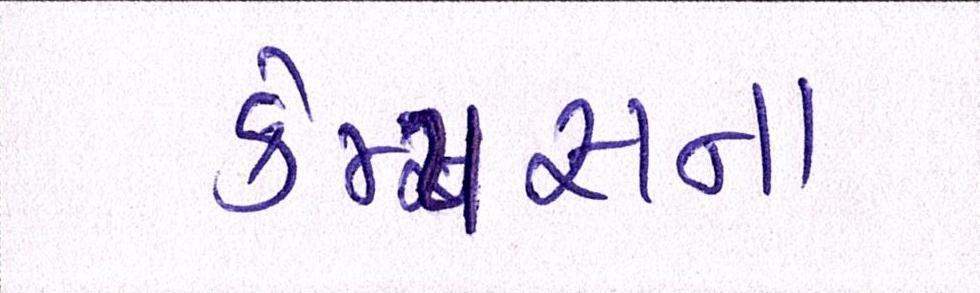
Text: કેમ્પસના